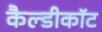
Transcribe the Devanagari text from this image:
कैल्डीकॉट